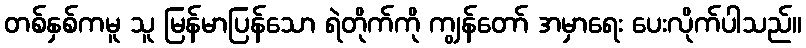
တစ်နှစ်ကမူ သူ မြန်မာပြန်သော ရဲတိုက်ကို ကျွန်တော် အမှာရေး ပေးလိုက်ပါသည်။